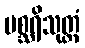
မစ္ဆရိသုတ္တံ